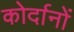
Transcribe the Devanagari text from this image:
कोर्दानों